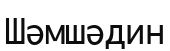
Шәмшәдин